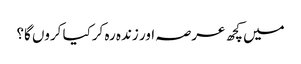
میں کچھ عرصہ اور زندہ رہ کرکیا کروں گا؟